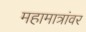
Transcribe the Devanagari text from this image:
महामात्रांवर